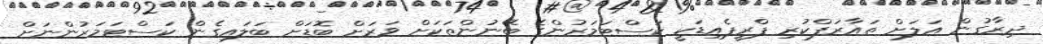
ދިރާގުން އަލަށް ތައާރަފްކުރި ޕްރީޕެއިޑަކީ ކަސްޓަމަރުންގެ ބޭނުންތަކަށް ވަރަށް ބޮޑަށް ބަލައިގެން ކަސްޓަމަރުންނަށް